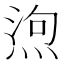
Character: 𭵆